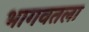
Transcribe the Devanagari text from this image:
भागवतला